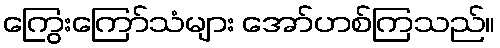
ကြွေးကြော်သံများ အော်ဟစ်ကြသည်။